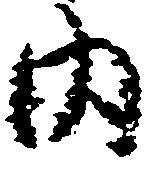
内